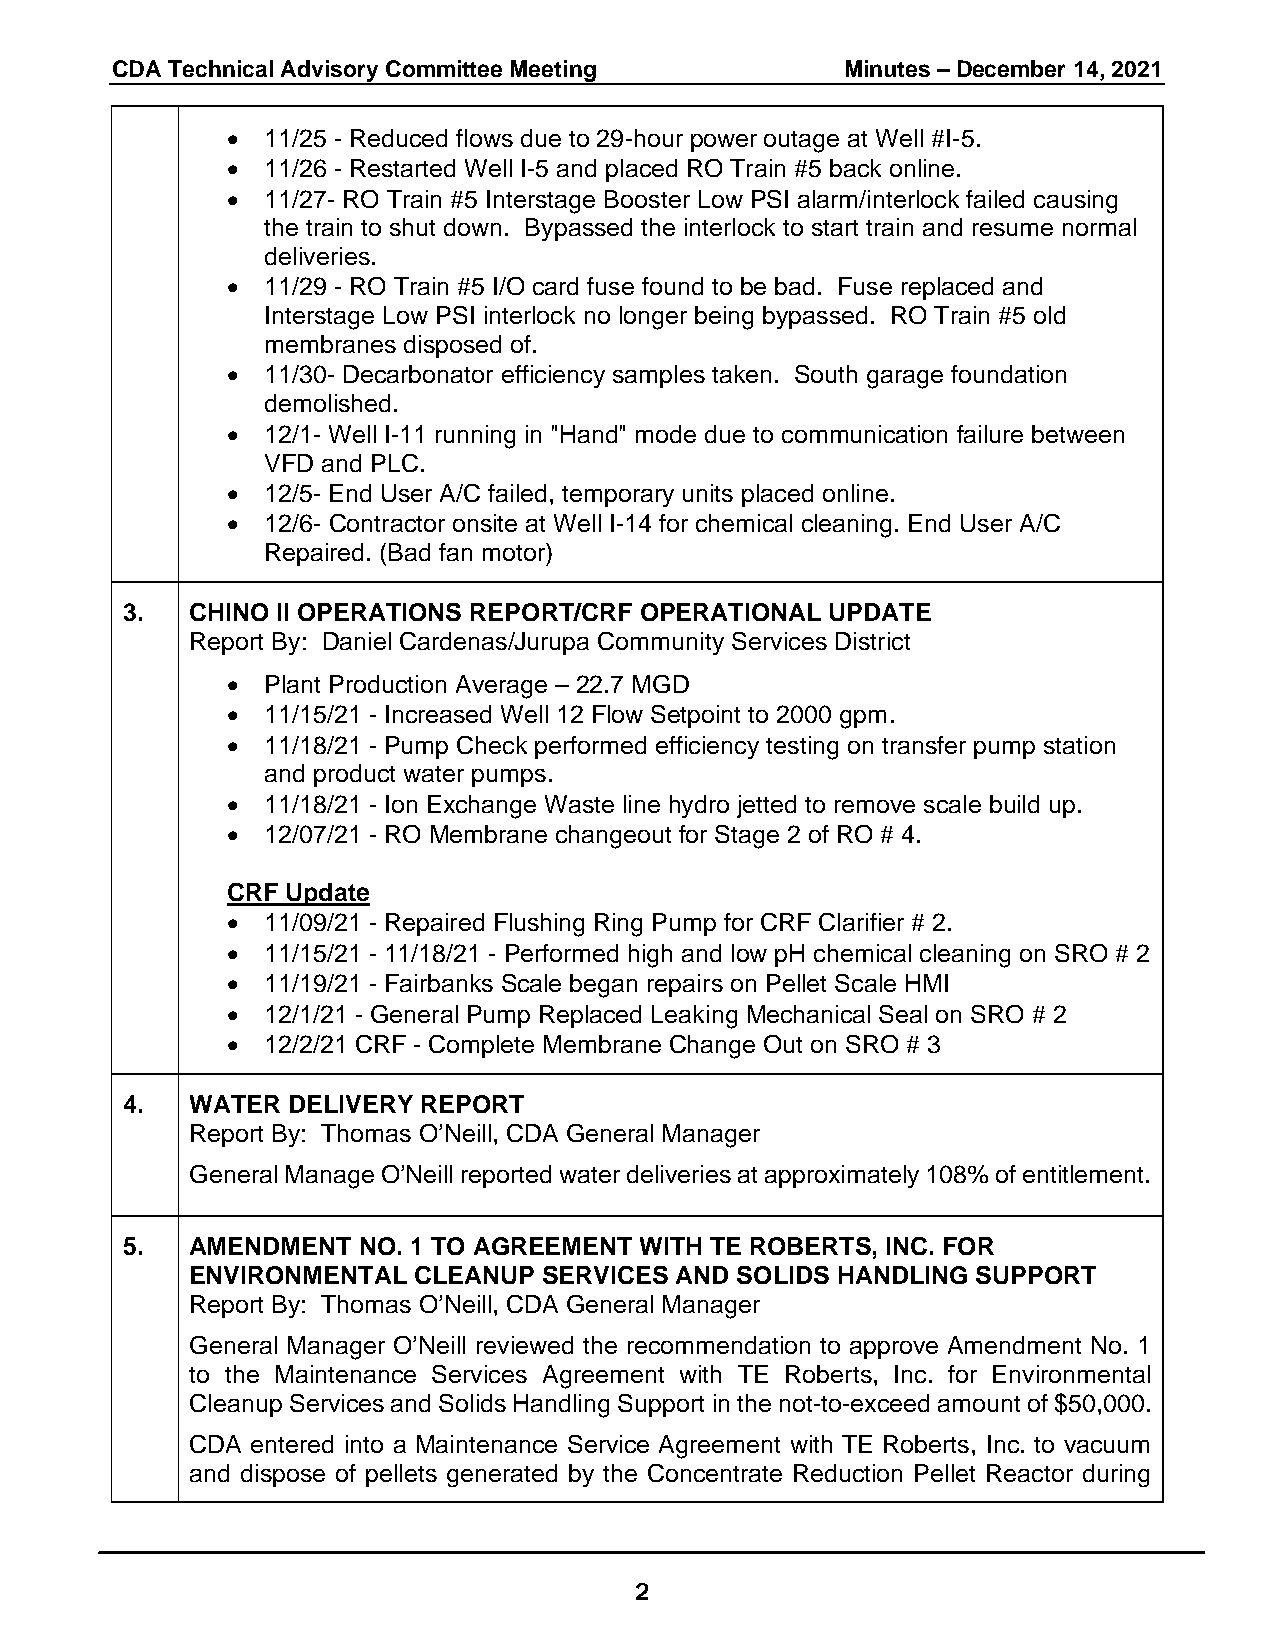
CDA Technical Advisory Committee Meeting         Minutes – December 14, 2021
 • 11/25 - Reduced flows due to 29-hour power outage at Well #I-5.
 • 11/26 - Restarted Well I-5 and placed RO Train #5 back online.
 • 11/27- RO Train #5 Interstage Booster Low PSI alarm/interlock failed causing
 the train to shut down. Bypassed the interlock to start train and resume normal
 deliveries.
 • 11/29 - RO Train #5 I/O card fuse found to be bad. Fuse replaced and
 Interstage Low PSI interlock no longer being bypassed. RO Train #5 old
 membranes disposed of.
 • 11/30- Decarbonator efficiency samples taken. South garage foundation
 demolished.
 • 12/1- Well I-11 running in "Hand" mode due to communication failure between
 VFD and PLC.
 • 12/5- End User A/C failed, temporary units placed online.
 • 12/6- Contractor onsite at Well I-14 for chemical cleaning. End User A/C
 Repaired. (Bad fan motor)
 3.   CHINO II OPERATIONS REPORT/CRF OPERATIONAL UPDATE
 Report By: Daniel Cardenas/Jurupa Community Services District
 • Plant Production Average – 22.7 MGD
 • 11/15/21 - Increased Well 12 Flow Setpoint to 2000 gpm.
 • 11/18/21 - Pump Check performed efficiency testing on transfer pump station
 and product water pumps.
 • 11/18/21 - Ion Exchange Waste line hydro jetted to remove scale build up.
 • 12/07/21 - RO Membrane changeout for Stage 2 of RO # 4.
 CRF Update
 • 11/09/21 - Repaired Flushing Ring Pump for CRF Clarifier # 2.
 • 11/15/21 - 11/18/21 - Performed high and low pH chemical cleaning on SRO # 2
 • 11/19/21 - Fairbanks Scale began repairs on Pellet Scale HMI
 • 12/1/21 - General Pump Replaced Leaking Mechanical Seal on SRO # 2
 • 12/2/21 CRF - Complete Membrane Change Out on SRO # 3
 4.   WATER DELIVERY REPORT
 Report By: Thomas O’Neill, CDA General Manager
 General Manage O’Neill reported water deliveries at approximately 108% of entitlement.
 5.   AMENDMENT  NO. 1 TO AGREEMENT WITH TE ROBERTS, INC. FOR
 ENVIRONMENTAL CLEANUP  SERVICES AND SOLIDS HANDLING SUPPORT
 Report By: Thomas O’Neill, CDA General Manager
 General Manager O’Neill reviewed the recommendation to approve Amendment No. 1
 to the Maintenance Services Agreement with TE Roberts, Inc. for Environmental
 Cleanup Services and Solids Handling Support in the not-to-exceed amount of $50,000.
 CDA entered into a Maintenance Service Agreement with TE Roberts, Inc. to vacuum
 and dispose of pellets generated by the Concentrate Reduction Pellet Reactor during
 2